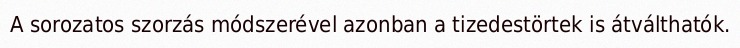
A sorozatos szorzás módszerével azonban a tizedestörtek is átválthatók.